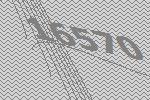
16570